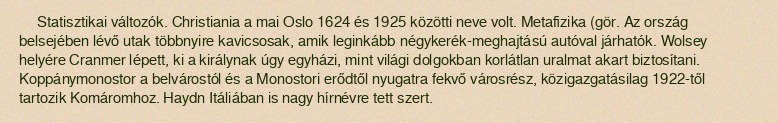
Statisztikai változók. Christiania a mai Oslo 1624 és 1925 közötti neve volt. Metafizika (gör. Az ország belsejében lévő utak többnyire kavicsosak, amik leginkább négykerék-meghajtású autóval járhatók. Wolsey helyére Cranmer lépett, ki a királynak úgy egyházi, mint világi dolgokban korlátlan uralmat akart biztosítani. Koppánymonostor a belvárostól és a Monostori erődtől nyugatra fekvő városrész, közigazgatásilag 1922-től tartozik Komáromhoz. Haydn Itáliában is nagy hírnévre tett szert.